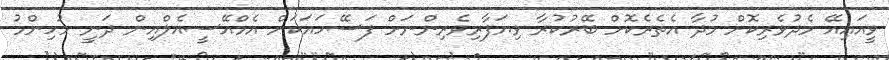
ވީއައިއޭ މެދުވެރިކޮށް މުދާ އެތެރެކޮށް ބޭރުކުރާ ވިޔަފާރިވެރިންނަށް ފަސޭހައަކަށް އެމްއޭސީއެލްއިން ދަނީ މުހިންމު